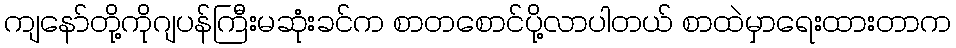
ကျနော်တို့ကိုဂျပန်ကြီးမဆုံးခင်က စာတစောင်ပို့လာပါတယ် စာထဲမှာရေးထားတာက